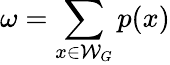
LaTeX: \omega=\sum_{x\in\mathcal{W}_{G}}p(x)